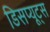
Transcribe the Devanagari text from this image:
डिसप्यूट्स